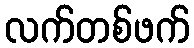
လက်တစ်ဖက်